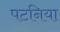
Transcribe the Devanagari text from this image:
पटनिया